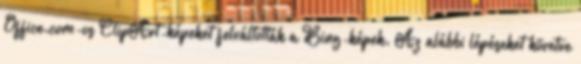
Office.com-os ClipArt-képeket felváltották a Bing-képek. Az alábbi lépéseket követve